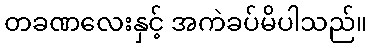
တခဏလေးနှင့် အကဲခပ်မိပါသည်။